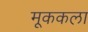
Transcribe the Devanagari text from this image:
मूककला